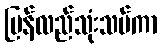
ပြန်လည်သုံးသပ်ကာ